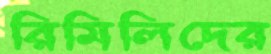
রিমিলিদের